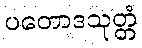
ပတောဒသုတ္တံ